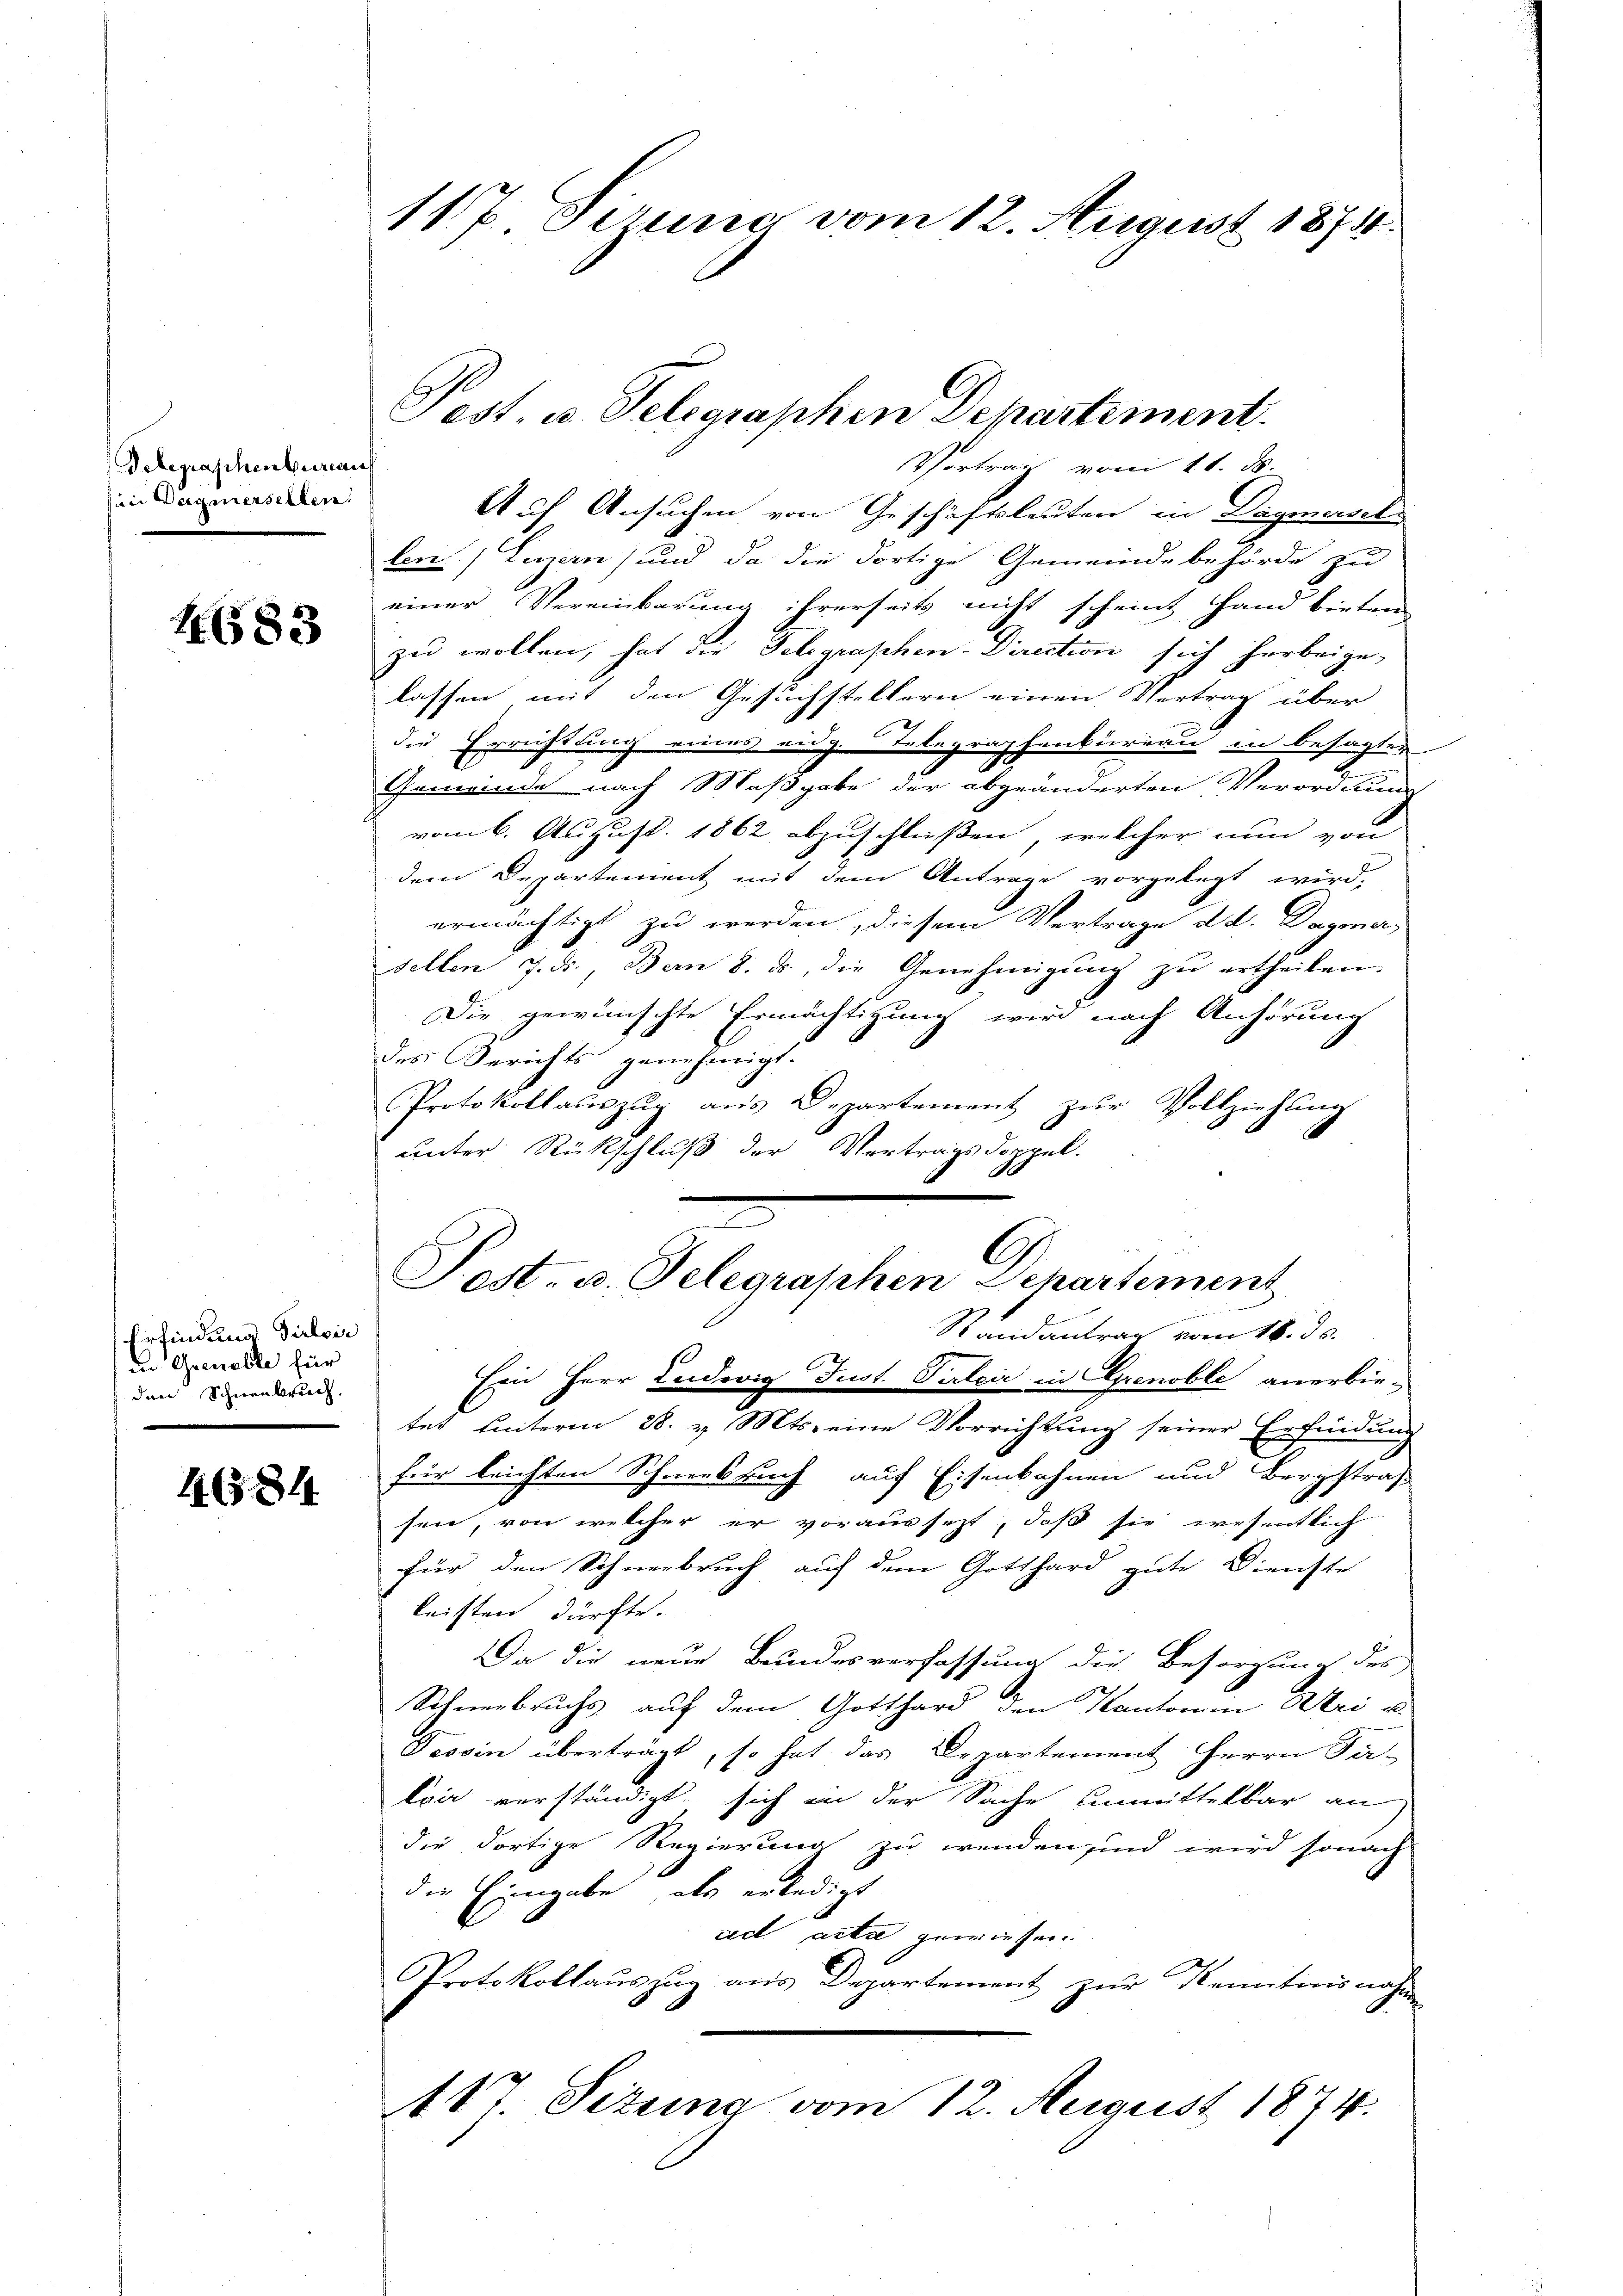
Telegraphenbureau
in Wagnerselben

4683

Erfindung Silvir
Die Grenable für
den Schneebruch.

465. 84

117. Dirung vom 12. August 1874.

Auf Ansuchen von Geschäftsleuten in Dägmersel
len (Luzern) und da die dortige Gemeindebehörde zu
einer Vereinbarung ihrerseits nicht scheint Hand bieten
zu wollen, hat die Telegraphen-Direction sich herbeigelassen mit den Gesuchstellern einen Vertrag über
die Errichtung eines eidg. Telegraphenbureau in besagter
Gemeinde nach Maßgabe der abgeänderten Verordnung
vom 6. August 1862 abzuschließen, welcher nun von
dem Departement mit dem Antrage vorgelegt wird,
ermächtigt zu werden, diesem Vertrage d. d. Dagner,
sellen J. F., Bern 8. ds., die Genehmigŭng zŭ ertheilen.
Die gewünschte Ermächtigung wird nach Anhörung
des Berichts genehmigt.
Protokollauszug aus Departement zur Vollziehung
unter Rückschluß der Vertragsdoppel.
e
6

Pest. u. Telegraphen Departement.
Vortrag vom 11. ds.

Fest. u. Telegraphen Departement
Randantrag vom 18. ds.

Ein Herr Ludwig Just. Parteir in Grenoble anerbie-
tet hinterm 28. v. Mts. eine Vorrichtung seiner Erfindung
für leichten Schneebruch auf Eisenbahnen und Bergstraf-
sen, von welcher er voraussetzt, daß sie wesentlich
für den Schneebruch auf dem Gotthard gute Dienste
leisten dürfte.
Da die neue Bundesverfassung die Besorgung des
Schneebruchs auf dem Gotthard den Kantonen Uri u.
Tessin überträgt, so hat das Departement Herrn Fa-
tra verständigt, sich in der Sache unmittelbar an
die dortige Regierung zu wenden sind wird sonach
die Eingabe, als erledigt
ccl acta gewiesen.
Protokollauszug aus Departement zur Kenntnisnahmen
417. Sezung vom 12. August 1874.